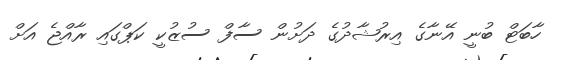
ހާބަޓް ބުނީ އޭނާގެ އިރުޝާދުގެ ދަށުން ސާފް ސުޒުކީ ކަޕްގައި ރާއްޖެ އަށް